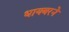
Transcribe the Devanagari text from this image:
धायबरने